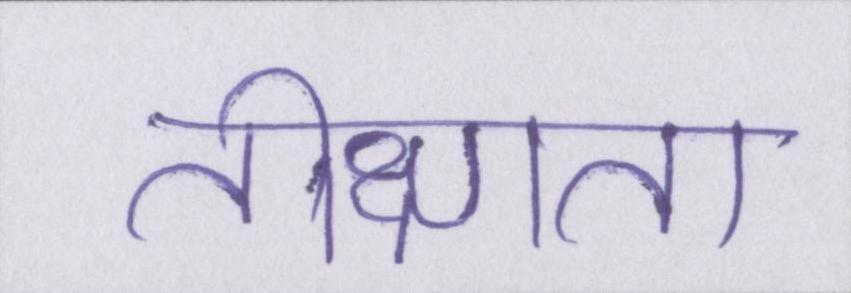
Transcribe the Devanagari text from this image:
तीक्ष्णता